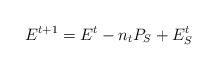
\begin{align*}E_{}^{t+1} = E_{}^{t} - n_tP_S+E_S^t\end{align*}